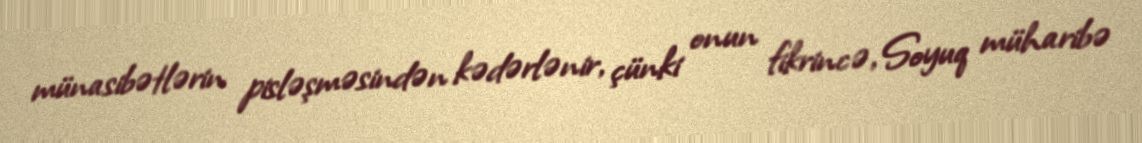
münasibətlərin pisləşməsindən kədərlənir, çünki onun fikrincə, Soyuq müharibə